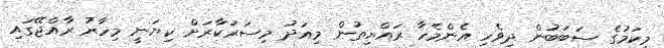
މިކަމުގެ ސަބަބުން ދިވެހި އެންމެހާ ރައްޔިތުން މިއަދު މިސަރުކާރަށް ކިޔަނީ މިހާރު ރާއްޖޭގައި